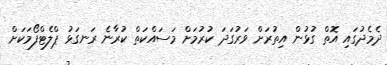
ދެމެދުގައި އޮތް ގުޅުން އިތުރަށް ވަރުގަދަ ކުރުމަށް މަސައްކަތް ކުރާނެ ރަނގަޅު ޕްލެޓްފޯމަކަށް